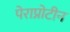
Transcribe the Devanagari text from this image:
पेराप्रोटीन